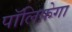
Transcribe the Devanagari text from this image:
पॉलिफ़ेगा